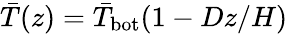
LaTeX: \bar{T}(z)=\bar{T}_{\mathrm{bot}}(1-Dz/H)